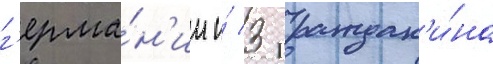
г'ерма́н'ии и́ 3 граждан'и́на